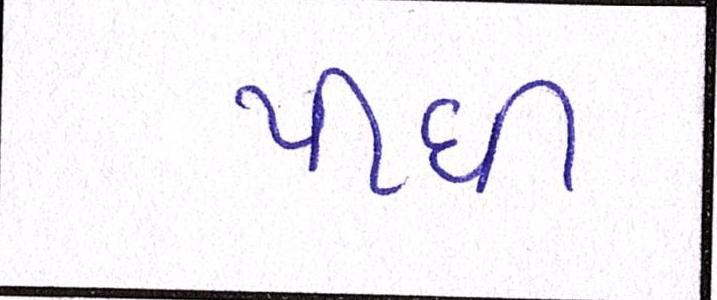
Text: પીધી